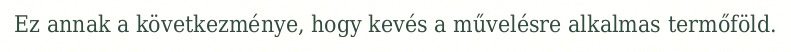
Ez annak a következménye, hogy kevés a művelésre alkalmas termőföld.